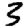
Digit: 3